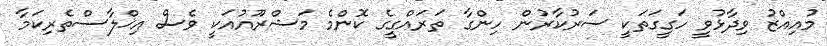
މުއިއްޒު ވިދާޅުވީ ހަގީގަތަކީ ސަރުކާރުން ހިންގާ ތަރައްގީގެ ކޮންމެ މަޝްރޫއުއަކީ ވެސް އިޚްލާސްތެރިކަމާ